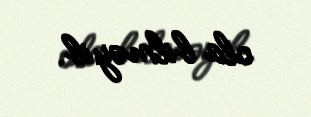
ola bilməyib.